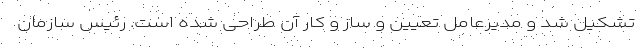
تشکیل شد و مدیرعامل تعیین و ساز و کار آن طراحی شده است. رئیس سازمان